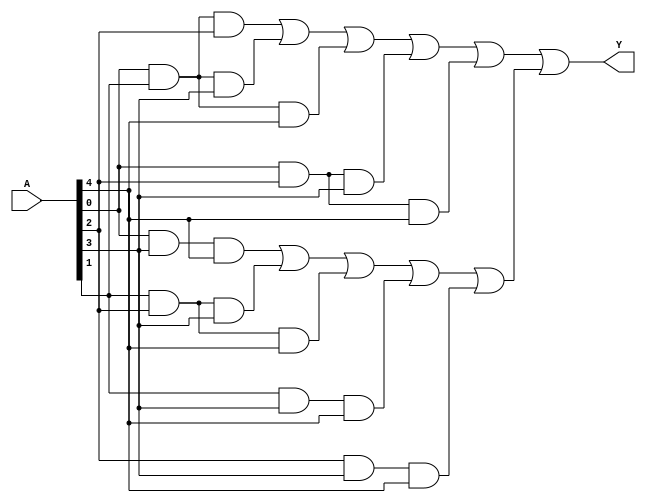
module MajorityInputCircuit(
input [4:0] A,
output Y
);
wire [11:0]W;
and G1(W[0],A[0],A[1],A[2]);
and G2(W[1],A[0],A[1],A[3]);
and G3(W[2],A[0],A[1],A[4]);
and G4(W[3],A[0],A[2],A[3]);
and G5(W[4],A[0],A[2],A[4]);
and G6(W[5],A[0],A[3],A[4]);
and G7(W[6],A[1],A[2],A[3]);
and G8(W[7],A[1],A[2],A[4]);
and G9(W[8],A[1],A[3],A[4]);
and G10(W[9],A[2],A[3],A[4]);
or G11(W[10],W[0],W[1],W[2],W[3],W[4]);
or G12(W[11],W[5],W[6],W[7],W[8],W[9]);
assign Y=W[10] | W [11];
endmodule